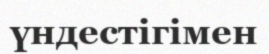
үндестігімен